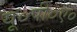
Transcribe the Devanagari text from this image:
यू०पी०ए०